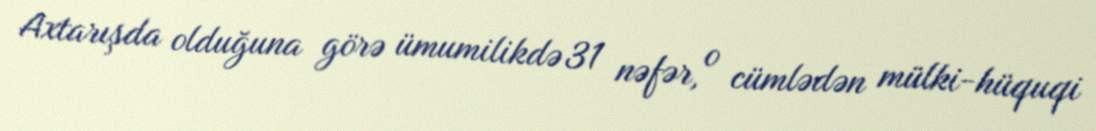
Axtarışda olduğuna görə ümumilikdə 31 nəfər, o cümlədən mülki-hüquqi